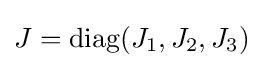
J=\operatorname {diag} (J_{1},J_{2},J_{3})